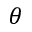
\theta